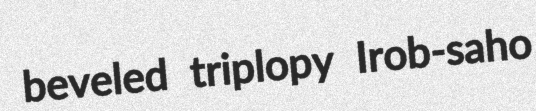
beveled triplopy Irob-saho